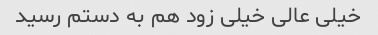
خیلی عالی خیلی زود هم به دستم رسید